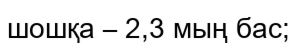
шошқа – 2,3 мың бас;